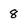
Character: 8